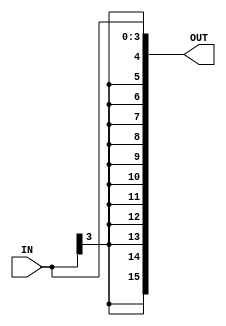
/***************************************************
 *
 *
 *		Sign Extend 
 *
 *
 * ************************************************/
module SignExtend
#(parameter INSIZE = 4, OUTSIZE = 16)
(
input [INSIZE - 1:0] IN, 
output reg[OUTSIZE - 1:0] OUT
);

always@(*)
begin
	OUT = $signed(IN);
end 
endmodule